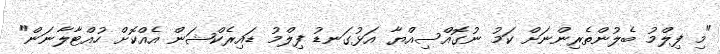
"މި ފިލްމު ބެލުންތެރިންނަށް ކަމު ނުގޮއްސިއްޔާ އަޅުގަނޑު ފިލްމު ޑައިރެކްޝަން އެއްކޮށް ހުއްޓާލާނަން"